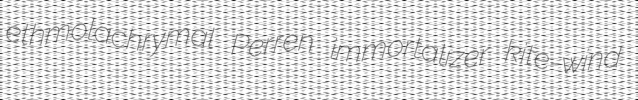
ethmolachrymal Perren immortalizer kite-wind